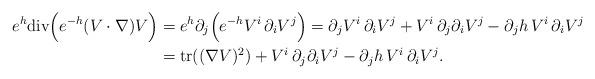
LaTeX: \begin{align*} e^h\mathrm{div}\Big(e^{-h}(V\cdot\nabla)V \Big)&=e^h\partial_j\Big(e^{-h}V^i\,\partial_i V^j \Big)=\partial_j V^i\,\partial_i V^j+V^i\,\partial_j\partial_i V^j-\partial_j h\,V^i\,\partial_i V^j \\ &=\mathrm{tr}((\nabla V)^2)+V^i\,\partial_j\partial_iV^j-\partial_j h\,V^i\,\partial_i V^j. \end{align*}